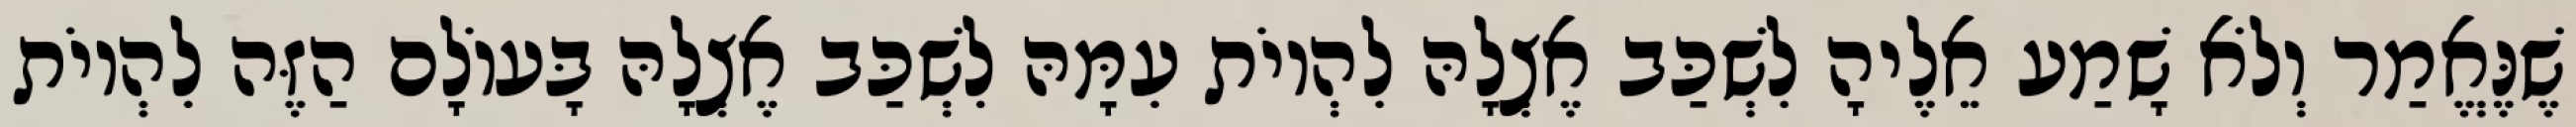
שֶׁנֶּאֱמַר וְלֹא שָׁמַע אֵלֶיהָ לִשְׁכַּב אֶצְלָהּ לִהְיוֹת עִמָּהּ לִשְׁכַּב אֶצְלָהּ בָּעוֹלָם הַזֶּה לִהְיוֹת